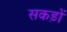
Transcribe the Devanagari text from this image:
सकड़ों